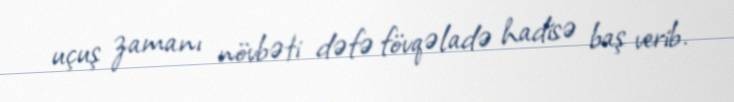
uçuş zamanı növbəti dəfə fövqəladə hadisə baş verib.